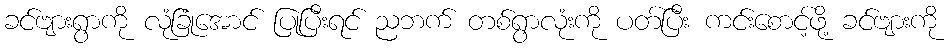
ခင်ဗျားရွာကို လုံခြုံအောင် ပြုပြီးရင် ညဘက် တစ်ရွာလုံးကို ပတ်ပြီး ကင်းစောင့်ဖို့ ခင်ဗျားကို